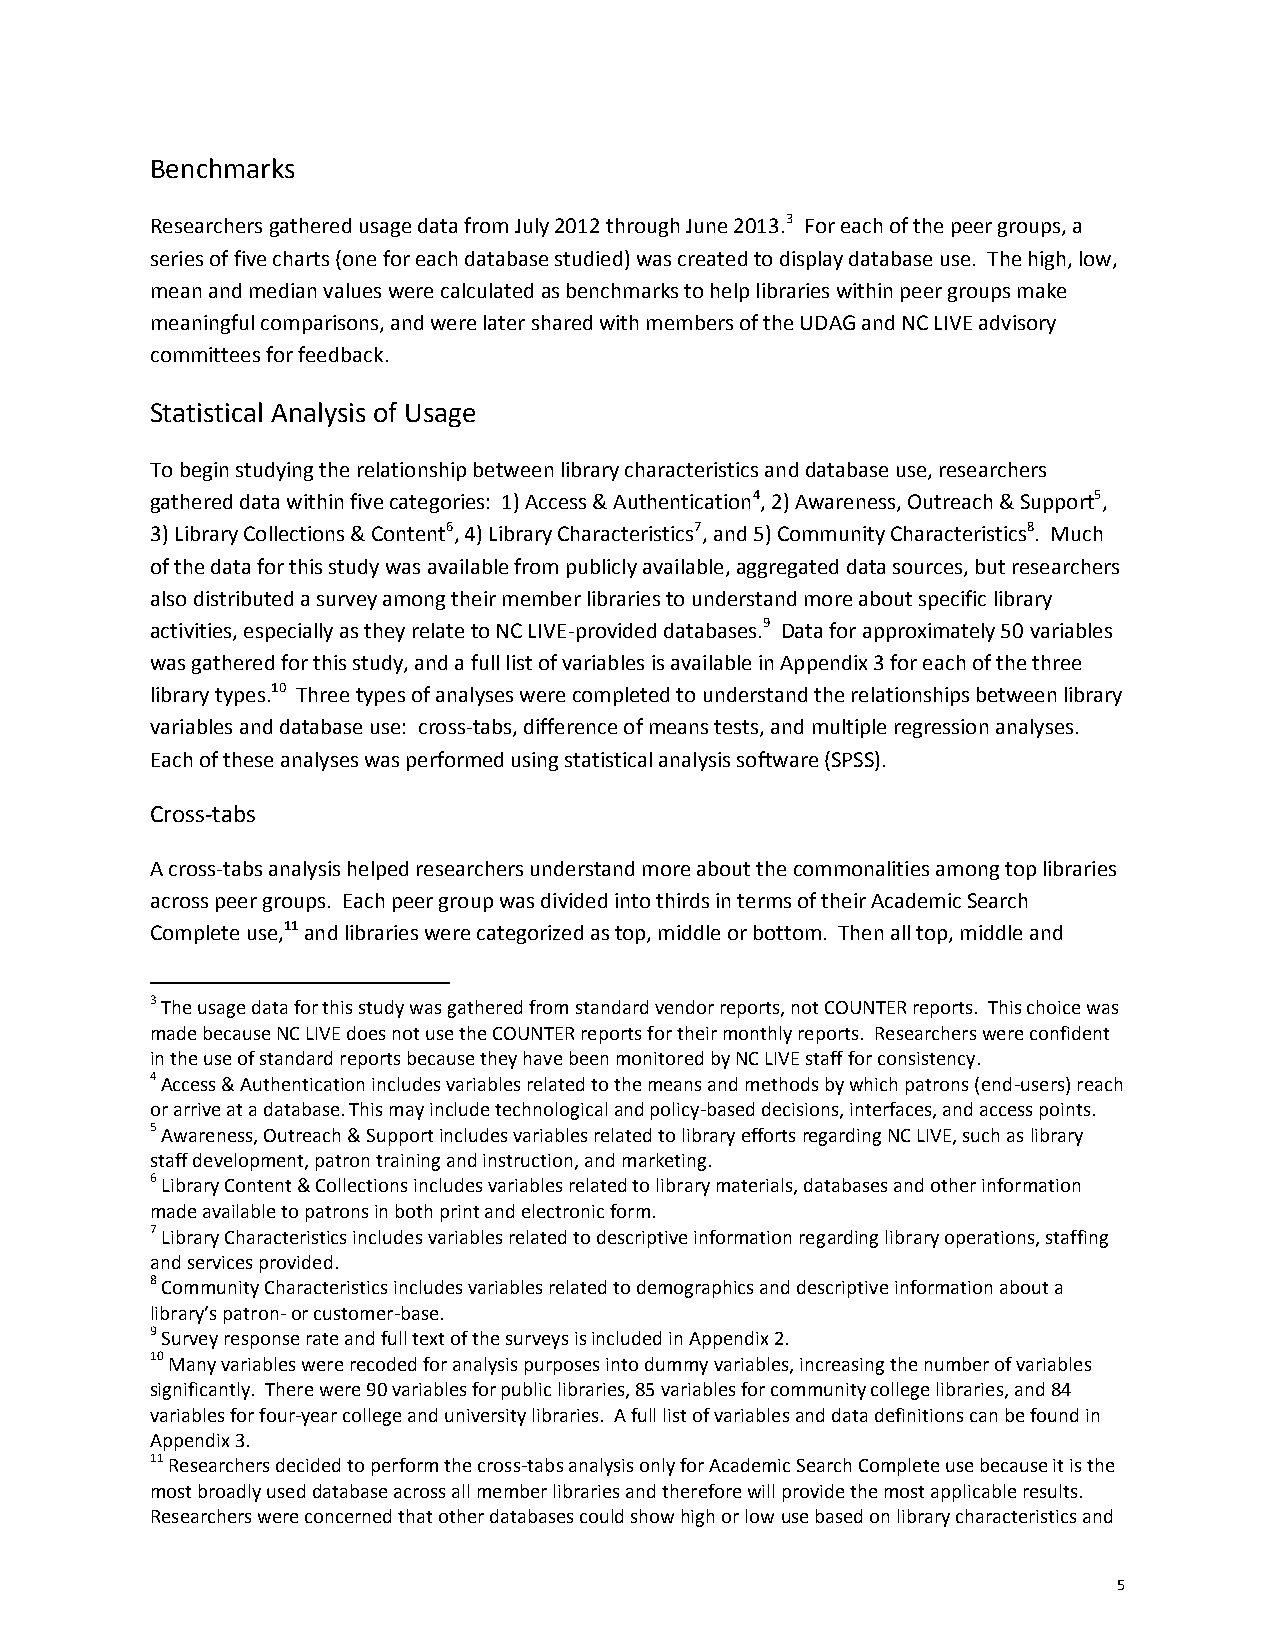
Benchmarks
 Researchersgathered usage data from July 2012 through June 2013.3 For each of the peer groups, a
 series of five charts (one for each database studied) was created to display database use. The high, low,
 mean and median values werecalculatedas benchmarksto help libraries within peer groups make
 meaningful comparisons,and were later shared with members of the UDAG and NC LIVE advisory
 committees for feedback.
 Statistical Analysis of Usage
 To begin studying therelationship betweenlibrary characteristicsanddatabase use, researchers
 gathered data within five categories: 1) Access & Authentication4, 2) Awareness, Outreach & Support5,
 3) Library Collections & Content6, 4) Library Characteristics7, and 5) Community Characteristics8. Much
 of the data for this studywas available frompublicly available,aggregated data sources, but researchers
 also distributed a survey among their member libraries to understand more about specific library
 activities, especially as they relate to NC LIVE-provided databases.9 Data forapproximately 50 variables
 was gathered for this study, and a full list of variables is available in Appendix3for each of the three
 library types.10 Threetypes ofanalyses were completed to understand the relationships between library
 variables and database use: cross-tabs, difference of means tests, andmultipleregression analyses.
 Each of these analyses was performed using statistical analysis software (SPSS).
 Cross-tabs
 A cross-tabs analysis helped researchers understand more about the commonalities among top libraries
 across peer groups. Each peer group was divided into thirds in terms of their Academic Search
 Completeuse,11and libraries were categorized as top, middle or bottom. Then all top, middle and
 3The usage data for this study was gathered from standard vendor reports, not COUNTER reports. This choice was
 made because NC LIVE does not use the COUNTER reports for their monthly reports. Researcherswere confident
 in the useof standard reports because they have been monitored by NC LIVE stafffor consistency.
 4Access & Authentication includes variables related to the means and methods by which patrons (end-users) reach
 or arrive ata database. This may include technologicaland policy-based decisions, interfaces, and access points.
 5Awareness, Outreach &Supportincludes variables related to library effortsregarding NC LIVE, such aslibrary
 staff development, patron training and instruction, and marketing.
 6Library Content & Collections includes variables related to library materials, databases and other information
 made available to patrons in both print and electronic form.
 7Library Characteristics includes variables related to descriptive information regarding library operations, staffing
 and services provided.
 8Community Characteristics includes variables related to demographics and descriptive information about a
 library’s patron-or customer-base.
 9Survey response rate and fulltext of the surveys isincluded in Appendix 2.
 10Many variables wererecodedfor analysis purposes intodummy variables, increasing the number of variables
 significantly. There were 90 variables for public libraries, 85 variables for community college libraries, and 84
 variables for four-year college and university libraries. A full list of variablesand data definitionscan be found in
 Appendix 3.
 11Researchers decided to perform the cross-tabsanalysis only for Academic Search Complete use because it is the
 most broadly useddatabase across all member libraries and therefore will provide the most applicable results.
 Researchers were concerned that other databases could show high or lowuse based on library characteristics and
 5